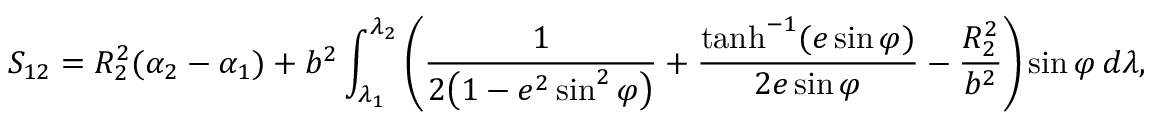
S _ { 1 2 } = R _ { 2 } ^ { 2 } ( \alpha _ { 2 } - \alpha _ { 1 } ) + b ^ { 2 } \int _ { \lambda _ { 1 } } ^ { \lambda _ { 2 } } \left( { \frac { 1 } { 2 { \bigl ( } 1 - e ^ { 2 } \sin ^ { 2 } \varphi { \bigr ) } } } + { \frac { \operatorname { t a n h } ^ { - 1 } ( e \sin \varphi ) } { 2 e \sin \varphi } } - { \frac { R _ { 2 } ^ { 2 } } { b ^ { 2 } } } \right) \sin \varphi \, d \lambda ,